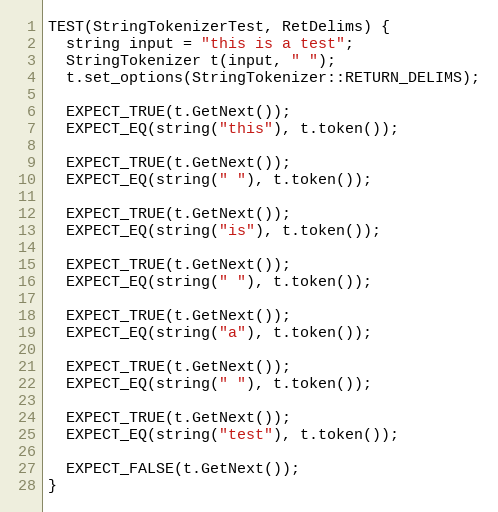
Language: C++
TEST(StringTokenizerTest, RetDelims) {
  string input = "this is a test";
  StringTokenizer t(input, " ");
  t.set_options(StringTokenizer::RETURN_DELIMS);

  EXPECT_TRUE(t.GetNext());
  EXPECT_EQ(string("this"), t.token());

  EXPECT_TRUE(t.GetNext());
  EXPECT_EQ(string(" "), t.token());

  EXPECT_TRUE(t.GetNext());
  EXPECT_EQ(string("is"), t.token());

  EXPECT_TRUE(t.GetNext());
  EXPECT_EQ(string(" "), t.token());

  EXPECT_TRUE(t.GetNext());
  EXPECT_EQ(string("a"), t.token());

  EXPECT_TRUE(t.GetNext());
  EXPECT_EQ(string(" "), t.token());

  EXPECT_TRUE(t.GetNext());
  EXPECT_EQ(string("test"), t.token());

  EXPECT_FALSE(t.GetNext());
}